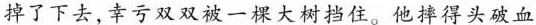
掉了下去,幸亏双双被一棵大树挡住。他摔得头破血